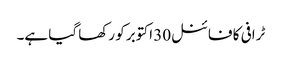
ٹرافی کا فائنل30 اکتوبر کو رکھا گیا ہے۔